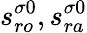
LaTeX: s_{ro}^{\sigma 0},s_{ra}^{\sigma 0}